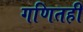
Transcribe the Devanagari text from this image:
गणितही